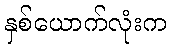
နှစ်ယောက်လုံးက